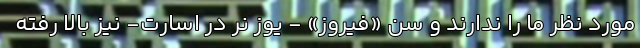
مورد نظر ما را ندارند و سن «فیروز» - یوز نر در اسارت- نیز بالا رفته